Report on sanitation, dispensaries, and jails in Rajputana for 1918, and on vaccination for the year 1918-1919 - 1918-1919
Year: 1918
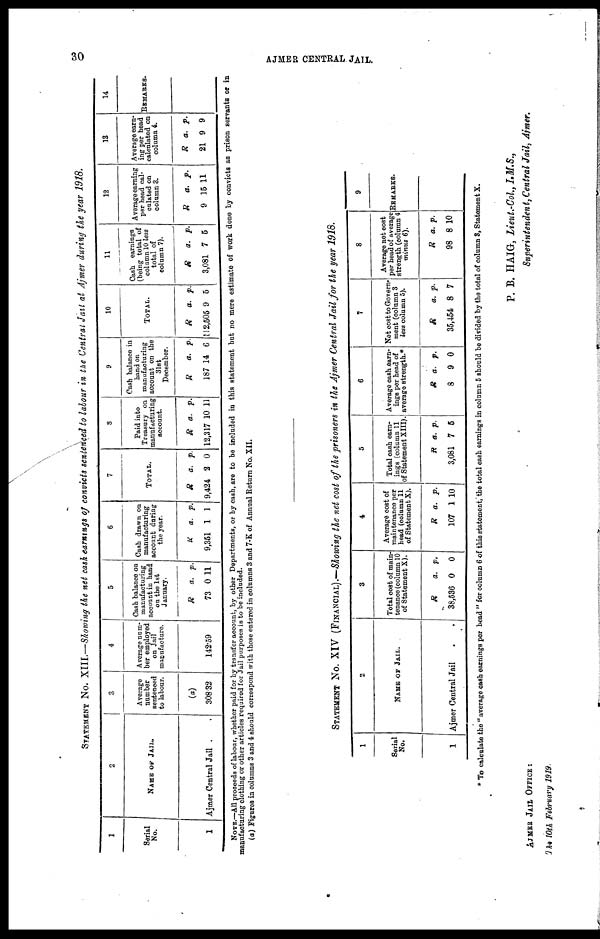
30
AJMER CENTRAL JAIL.
STATEMENT No. XIII.—Showing the net cash earnings of convicts sentenced to labour in the Central Jail at Ajmer during the year 1918.
1
Serial
No.
1
2
NAME OF JAIL.
Ajmer Central Jail .
3
Average
number
sentenced
to labour.
(a)
308.32
4
Average num-
ber employed
on Jail
manufacture
142.59
5
Cash balance on
manufacturing
account in hand
on the 1st
January.
R
73
a.
0
p.
11
6
Cash drawn on
manufacturing
account during
the year.
R
9,351
a.
1
p.
1
7
TOTAL.
R
9,424
a.
2
p.
0
8
Paid into
Treasury on
manufacturing
account.
R
12,317
a.
10
p.
11
9
Cash balance in
hand on
manufacturing
account on the
31st
December.
R
187
a.
14
p.
6
10
TOTAL.
R
12,505
a.
9
p.
5
11
Cash earnings
(being total of
column 10 less
total of
column 7).
R
3,081
a.
7
p.
5
12
Average earning
per head cal-
culated on
column 3.
R
9
a.
15
p.
11
13
Average earn-
ing per head
calculated on
column 4.
R
21
a.
9
p.
9
14
REMARKS.
NOTE.—All proceeds of labour, whether paid for by transfer account, by other Departments, or by cash, are to be included in this statement but no mere estimate of work done by convicts as prison servants or in
manufacturing clothing or other articles required for Jail purposes is to be included.
(a) Figures in columns 3 and 4 should correspond with those entered in columns 3 and 7-K of Annual Return No. XII.
STATEMENT No. XIV (FINANCIAL).—Showing the net cost of the prisoners in the Ajmer Central Jail for the year 1918.
1
Serial
No.
1
2
NAME OF JAIL.
Ajmer Central Jail . .
3
Total cost of main-
tenance (column 10
of Statement X).
R
38,536
a.
0
p.
0
4
Average cost of
maintenance per
head (column 11
of Statement X).
R
107
a.
1
p.
10
5
Total cash earn-
ings (column 11
of Statement XIII).
R
3,081
a
7
p.
5
6
Average cash earn-
ings per head of
average strength.*
R
8
a.
9
p.
0
7
Net cost to Govern-
ment (column 3
less column 5).
R
35,454
a.
8
p.
7
8
Average net cost
per head of average
strength (column 4
minus 6).
R
98
a.
8
p.
10
9
REMARKS.
* To calculate the " average cash earnings per head " for column 6 of this statement, the total cash earnings in column 5 should be divided by the total of column 3, Statement X.
P. B. HAIG, Lieut.-Col, I.M.S.,
Superintendent, Central Jail, Ajmer.
AJMER JAIL OFFICE:
The 10th February 1919.